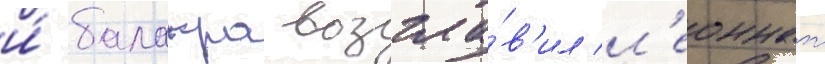
и́ балакра возгла́в'ил л'еоннат